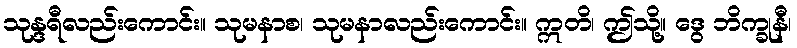
သုန္ဒရီလည်းကောင်း။ သုမနာစ၊ သုမနာလည်းကောင်း။ ဣတိ၊ ဤသို့။ ဒွေ ဘိက္ခုနီ၊